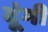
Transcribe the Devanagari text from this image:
दूंगी